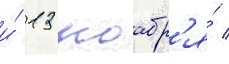
и́ 13 ноабр'я́ /